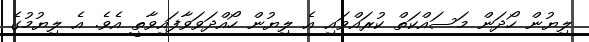
ލިޔުން ހޯދަން މަސައްކަތް ކުރައްވައި އެ ލިޔުން ހޯއްދަވަވާފައިވާތީ އެވެ. އެ ލިޔުމުގެ